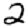
Digit: 2